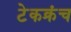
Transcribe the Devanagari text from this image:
टेकक्रंच